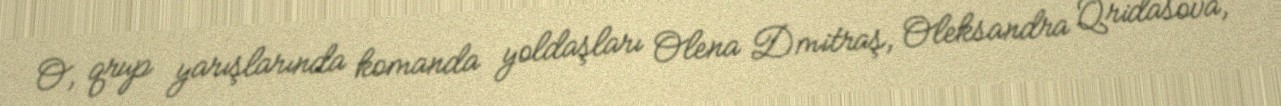
O, qrup yarışlarında komanda yoldaşları Olena Dmitraş, Oleksandra Qridasova,